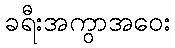
ခရီးအကွာအဝေး